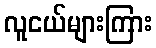
လူငယ်များကြား